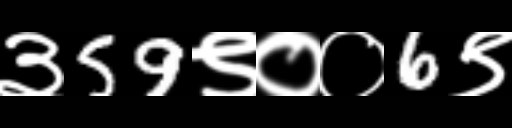
Text: ३59९००6९